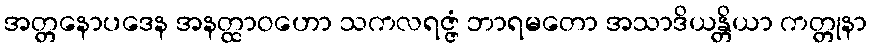
အတ္တနောပဒေန အနတ္ထာဝဟော သကလရဇ္ဇံ ဘာရမတော အသာဒိယန္တိယာ ကတ္တုနာ